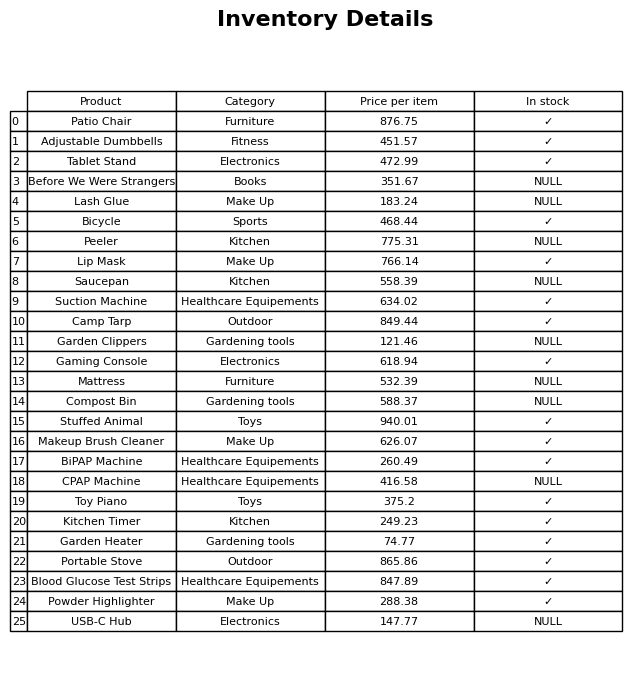
question: Is the Garden Heater in stock?
answer: ✓